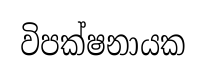
විපක්ෂනායක